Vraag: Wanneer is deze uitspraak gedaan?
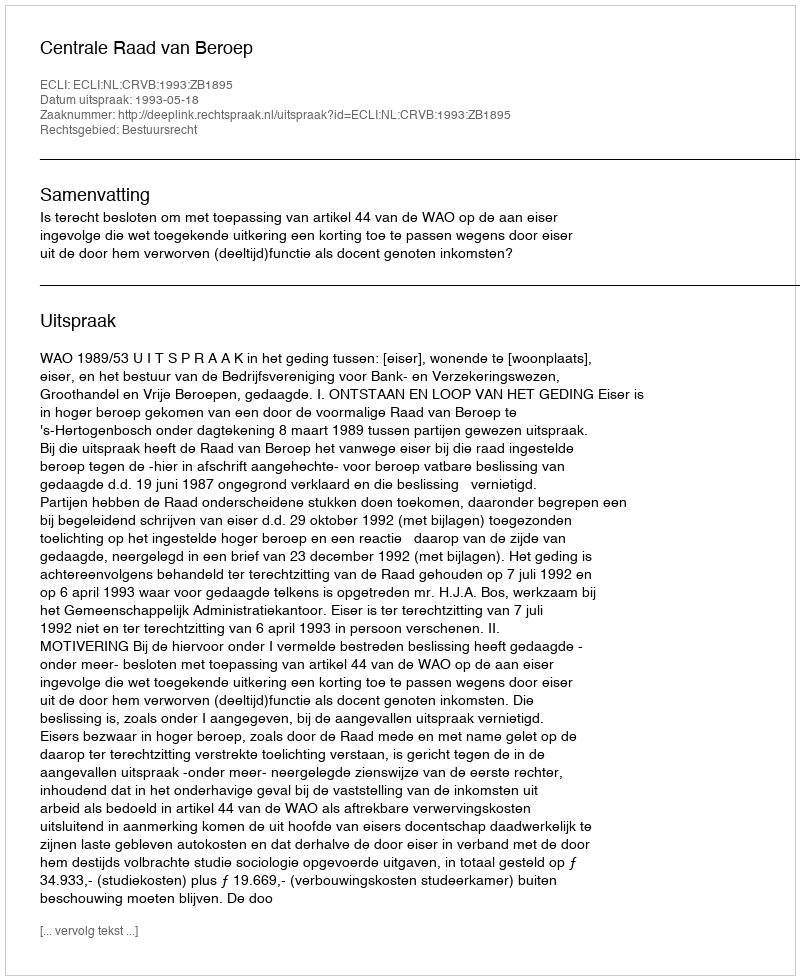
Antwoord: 1993-05-18